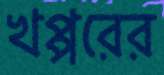
খপ্পরের